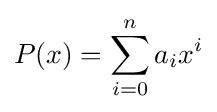
P(x)=\sum _{i=0}^{n}a_{i}x^{i}